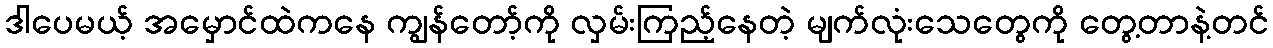
ဒါပေမယ့် အမှောင်ထဲကနေ ကျွန်တော့်ကို လှမ်းကြည့်နေတဲ့ မျက်လုံးသေတွေကို တွေ့တာနဲ့တင်